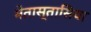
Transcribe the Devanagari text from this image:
मेतास्तासिया